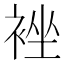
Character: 𮖉